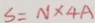
S = N \times 4 A